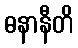
ဓနာနီတိ